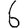
Digit: 6